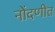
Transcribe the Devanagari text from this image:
नोंदणीत